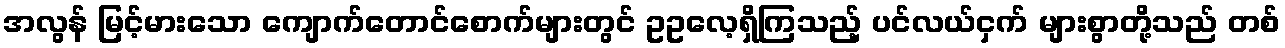
အလွန် မြင့်မားသော ကျောက်တောင်စောက်များတွင် ဥဥလေ့ရှိကြသည့် ပင်လယ်ငှက် များစွာတို့သည် တစ်